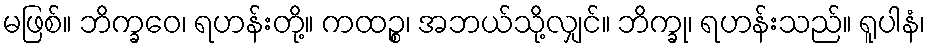
မဖြစ်။ ဘိက္ခဝေ၊ ရဟန်းတို့။ ကထဉ္စ၊ အဘယ်သို့လျှင်။ ဘိက္ခု၊ ရဟန်းသည်။ ရူပါနံ၊